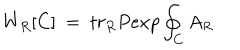
W _ { R } [ C ] ~ = ~ t r _ { R } P e x p \oint _ { C } A _ { R }